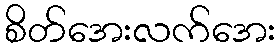
စိတ်အေးလက်အေး